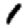
Digit: 1